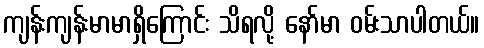
ကျန်းကျန်းမာမာရှိကြောင်း သိရလို့ နော်မာ ဝမ်းသာပါတယ်။